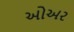
ઓઅર